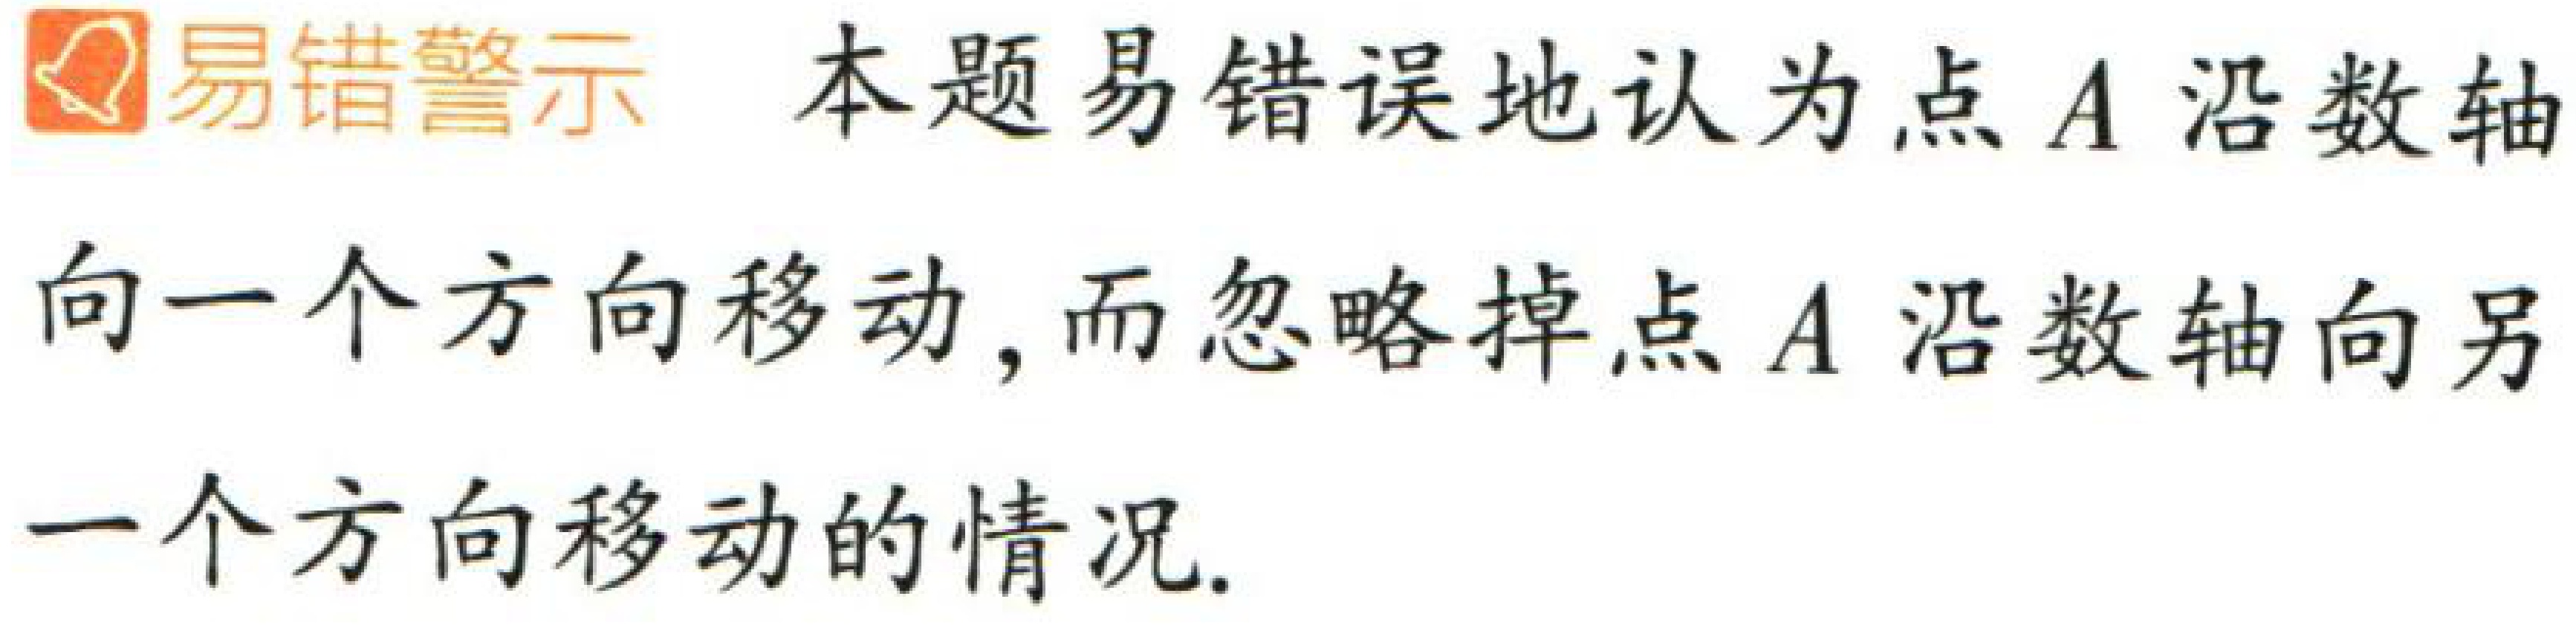
\begin{center}
\textbf{易错警示} \quad 本题易错误地认为点 \(A\) 沿数轴\\
向一个方向移动，而忽略掉点 \(A\) 沿数轴向另\\
一个方向移动的情况.
\end{center}